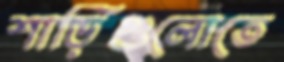
শাড়িগুলোতে